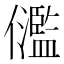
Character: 𠑈